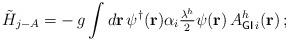
LaTeX: \begin{align*}\tilde{H}_{j-A}=-\,g\int d{\bf r}\,{\psi^\dagger}({\bf r})\alpha_{i}{\textstyle\frac{\lambda^h}{2}}\psi({\bf r})\,A_{{\sf GI}\,i}^{h}({\bf r})\,;\end{align*}